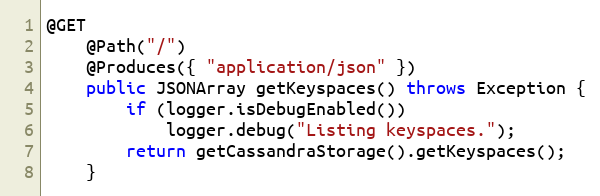
Language: Java
@GET
	@Path("/")
	@Produces({ "application/json" })
	public JSONArray getKeyspaces() throws Exception {
		if (logger.isDebugEnabled())
			logger.debug("Listing keyspaces.");
		return getCassandraStorage().getKeyspaces();
	}